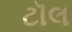
ટૉલ